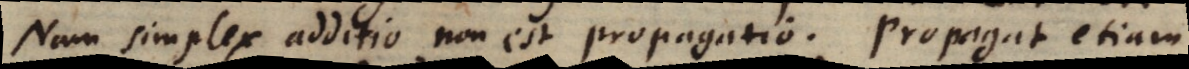
Nam simplex additio non est propagatio. Propagat etiam